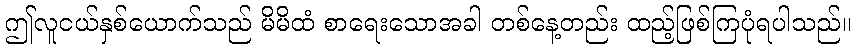
ဤလူငယ်နှစ်ယောက်သည် မိမိထံ စာရေးသောအခါ တစ်နေ့တည်း ထည့်ဖြစ်ကြပုံရပါသည်။